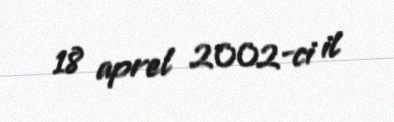
18 aprel 2002-ci il